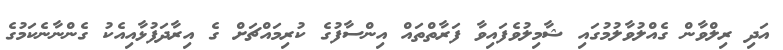
އަދި ރިލްވާން ގެއްލުވާލުމުގައި ޝާމިލުވެފައިވާ ފަރާތްތައް އިންސާފުގެ ކުރިމައްޗަށް ގެ އިރާދަފުޅާއިއެކު ގެންނާނެކަމުގެ